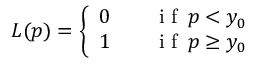
L ( p ) = \left\{ \begin{array} { l l } { 0 \qquad \mathrm { ~ i ~ f ~ } \, p < y _ { 0 } } \\ { 1 \qquad \mathrm { ~ i ~ f ~ } \, p \geq y _ { 0 } } \end{array} \right.